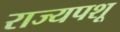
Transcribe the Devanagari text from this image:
राज्यपशू